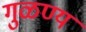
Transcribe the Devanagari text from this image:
गुळण्य